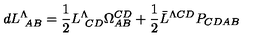
d L _ { \ A B } ^ { \Lambda } = { \frac { 1 } { 2 } } L _ { \ C D } ^ { \Lambda } \Omega _ { A B } ^ { C D } + { \frac { 1 } { 2 } } \bar { L } ^ { \Lambda C D } P _ { C D A B }